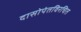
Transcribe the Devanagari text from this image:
दासोपंतविरचित